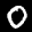
Label: 0